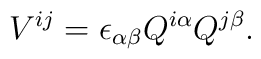
V^{ij} = \epsilon_{\alpha \beta} Q^{i \alpha} Q^{j \beta}.